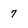
Character: 7